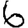
Digit: 6